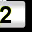
Digit: 2